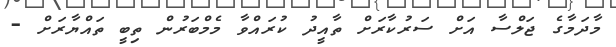
މާދަމާގެ ޖަލްސާ އަށް ސަރުކާރަށް ތާއީދު ކުރައްވާ މެމްބަރުން ތިބީ ތައްޔާރަށް -